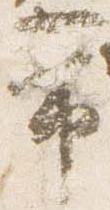
常